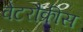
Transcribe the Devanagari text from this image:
वेटरौक्रीस